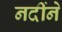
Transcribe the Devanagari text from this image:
नदींने